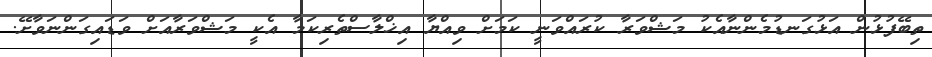
ތިބޭފުޅުން އަޅުގަނޑުމެންނާއެކު މަޝްވަރާ ކުރައްވަނީ ކަމަށް ވިއްޔާ އިޚްލާސްތެރިކަމާ އެކީ މަޝްވަރާއަށް ވަޑައިގަންނަވާށޭ.